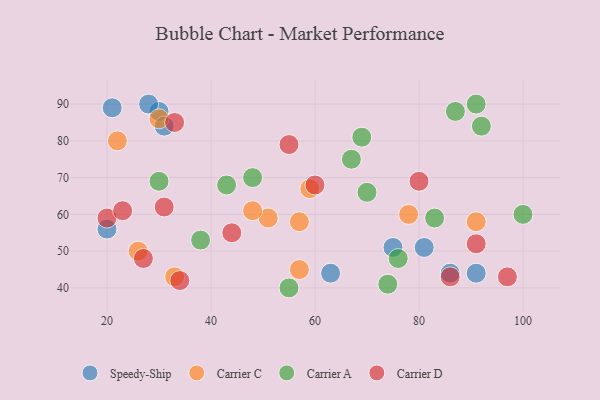
{"axis": {"x": "GDP", "y": "Life Expectancy"}, "legend": ["Carrier A", "Carrier C", "Carrier D", "Speedy-Ship"], "data": [{"x": "21", "y": 89, "type": "Speedy-Ship"}, {"x": "30", "y": 88, "type": "Speedy-Ship"}, {"x": "91", "y": 44, "type": "Speedy-Ship"}, {"x": "81", "y": 51, "type": "Speedy-Ship"}, {"x": "31", "y": 84, "type": "Speedy-Ship"}, {"x": "75", "y": 51, "type": "Speedy-Ship"}, {"x": "63", "y": 44, "type": "Speedy-Ship"}, {"x": "86", "y": 44, "type": "Speedy-Ship"}, {"x": "28", "y": 90, "type": "Speedy-Ship"}, {"x": "20", "y": 56, "type": "Speedy-Ship"}, {"x": "51", "y": 59, "type": "Carrier C"}, {"x": "26", "y": 50, "type": "Carrier C"}, {"x": "57", "y": 58, "type": "Carrier C"}, {"x": "48", "y": 61, "type": "Carrier C"}, {"x": "91", "y": 58, "type": "Carrier C"}, {"x": "57", "y": 45, "type": "Carrier C"}, {"x": "33", "y": 43, "type": "Carrier C"}, {"x": "22", "y": 80, "type": "Carrier C"}, {"x": "78", "y": 60, "type": "Carrier C"}, {"x": "59", "y": 67, "type": "Carrier C"}, {"x": "30", "y": 86, "type": "Carrier C"}, {"x": "69", "y": 81, "type": "Carrier A"}, {"x": "55", "y": 40, "type": "Carrier A"}, {"x": "74", "y": 41, "type": "Carrier A"}, {"x": "76", "y": 48, "type": "Carrier A"}, {"x": "43", "y": 68, "type": "Carrier A"}, {"x": "87", "y": 88, "type": "Carrier A"}, {"x": "38", "y": 53, "type": "Carrier A"}, {"x": "83", "y": 59, "type": "Carrier A"}, {"x": "67", "y": 75, "type": "Carrier A"}, {"x": "92", "y": 84, "type": "Carrier A"}, {"x": "30", "y": 69, "type": "Carrier A"}, {"x": "48", "y": 70, "type": "Carrier A"}, {"x": "91", "y": 90, "type": "Carrier A"}, {"x": "100", "y": 60, "type": "Carrier A"}, {"x": "70", "y": 66, "type": "Carrier A"}, {"x": "20", "y": 59, "type": "Carrier D"}, {"x": "34", "y": 42, "type": "Carrier D"}, {"x": "31", "y": 62, "type": "Carrier D"}, {"x": "91", "y": 52, "type": "Carrier D"}, {"x": "23", "y": 61, "type": "Carrier D"}, {"x": "55", "y": 79, "type": "Carrier D"}, {"x": "33", "y": 85, "type": "Carrier D"}, {"x": "97", "y": 43, "type": "Carrier D"}, {"x": "80", "y": 69, "type": "Carrier D"}, {"x": "60", "y": 68, "type": "Carrier D"}, {"x": "27", "y": 48, "type": "Carrier D"}, {"x": "44", "y": 55, "type": "Carrier D"}, {"x": "86", "y": 43, "type": "Carrier D"}]}